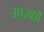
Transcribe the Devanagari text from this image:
उपसंघों